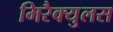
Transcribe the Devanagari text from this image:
मिरैक्युलस